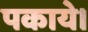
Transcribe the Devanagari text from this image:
पकाये।